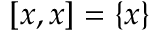
[ x , x ] = \{ x \}